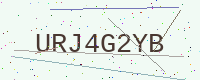
Text: URJ4G2YB